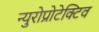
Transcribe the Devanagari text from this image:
न्युरोप्रोटेक्टिव